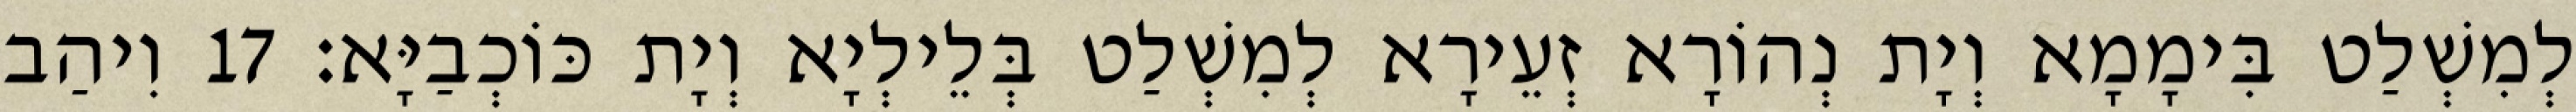
לְמִשְׁלַט בִּימָמָא וְיָת נְהוֹרָא זְעֵירָא לְמִשְׁלַט בְּלֵילְיָא וְיָת כּוֹכְבַיָּא׃ 17 וִיהַב